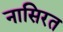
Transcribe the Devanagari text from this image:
नासिरत